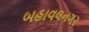
બહાવલનગર